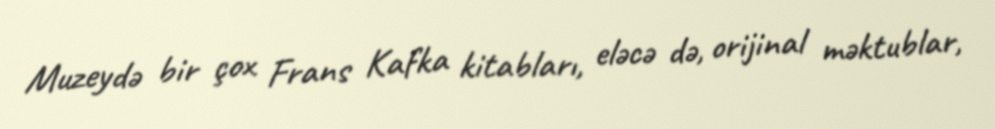
Muzeydə bir çox Frans Kafka kitabları, eləcə də, orijinal məktublar,